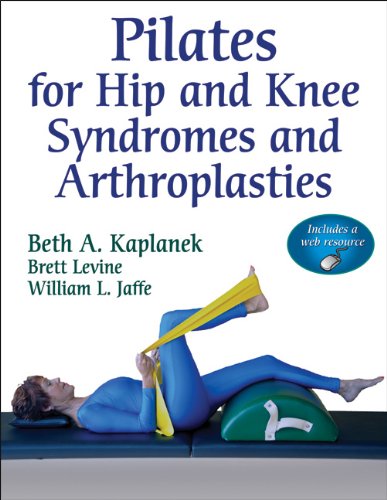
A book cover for Pilates for Hip and Knee Syndromes and Arthroplasties With Web Resource; Beth Kaplanek; Health, Fitness & Dieting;